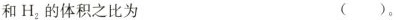
和H_{2}的体积之比为 ()。